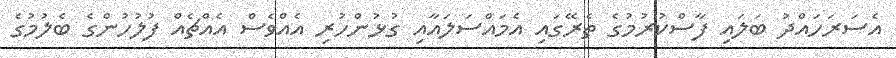
އެސަރަހައްދު ބަލައި ފާސްކުރުމުގެ ތެރޭގައި އެމައްސަލައާއި ގުޅުންހުރި އެއްވެސް އެއްޗެއް ފުލުހުންގެ ބެލުމުގެ